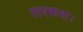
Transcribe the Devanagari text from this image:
तरकश।